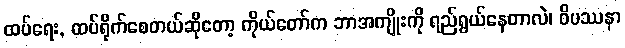
ထပ်ရေး, ထပ်ရိုက်စေတယ်ဆိုတော့ ကိုယ်တော်က ဘာအကျိုးကို ရည်ရွယ်နေတာလဲ၊ ဝိပဿနာ